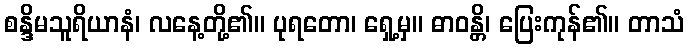
စန္ဒိမသူရိယာနံ၊ လနေ့တို့၏။ ပုရတော၊ ရှေ့မှ။ ဓာဝန္တိ၊ ပြေးကုန်၏။ တာသံ